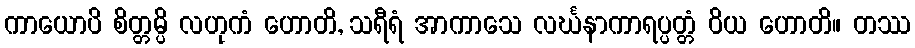
ကာယောပိ စိတ္တမ္ပိ လဟုကံ ဟောတိ, သရီရံ အာကာသေ လင်္ဃနာကာရပ္ပတ္တံ ဝိယ ဟောတိ။ တဿ